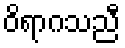
ဝိရာဂသညီ